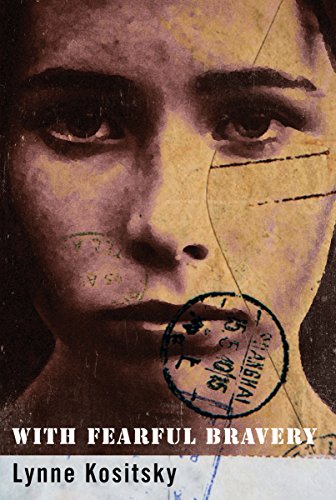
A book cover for With Fearful Bravery; Lynne Kositsky; Teen & Young Adult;